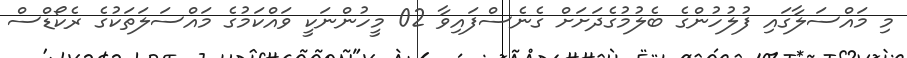
މި މައްސަލާގައި ފުލުުހުންގެ ބެލުމުގެދަށަށް ގެނެސްފައިވާ 02 މީހުންނަކީ ވައްކަމުގެ މައްސަލަތަކުގެ ރެކޯޑްސް